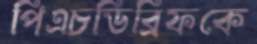
পিএচডিব্রিফকে